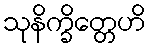
သုနိက္ခိတ္တေဟိ